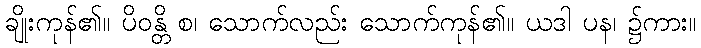
ချိုးကုန်၏။ ပိဝန္တိ စ၊ သောက်လည်း သောက်ကုန်၏။ ယဒါ ပန၊ ၌ကား။